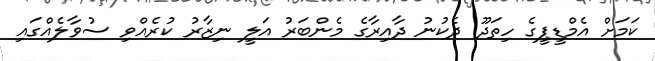
ކަމަށް އެމްޑީޕީގެ ހިތަދޫ ދެކުނު ދާއިރާގެ މެންބަރު އަލީ ނިޒާރު ކުރެއްވި ސުވާލެއްގައި